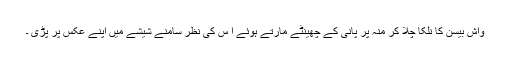
واش بیسن کا نلکا چلا کر منہ پر پانی کے چھینٹے مارتے ہوئے ا س کی نظر سامنے شیشے میں اپنے عکس پر پڑی ۔